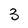
Character: 3